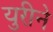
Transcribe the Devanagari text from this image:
युरीने